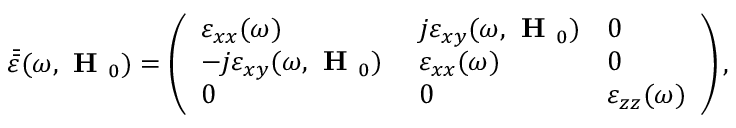
\bar { \bar { \varepsilon } } ( \omega , \textbf { H } _ { 0 } ) = \left( \begin{array} { l l l } { \varepsilon _ { x x } ( \omega ) } & { j \varepsilon _ { x y } ( \omega , \textbf { H } _ { 0 } ) } & { 0 } \\ { - j \varepsilon _ { x y } ( \omega , \textbf { H } _ { 0 } ) \ } & { \varepsilon _ { x x } ( \omega ) } & { 0 } \\ { 0 } & { 0 } & { \varepsilon _ { z z } ( \omega ) } \end{array} \right) ,